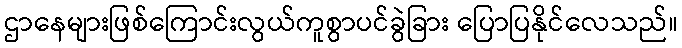
ဌာနေများဖြစ်ကြောင်းလွယ်ကူစွာပင်ခွဲခြား ပြောပြနိုင်လေသည်။